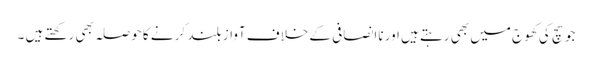
جو سچ کی کھوج میں بھی رہتے ہیں اور ناانصافی کے خلاف آواز بلند کر نے کا حوصلہ بھی رکھتے ہیں ۔